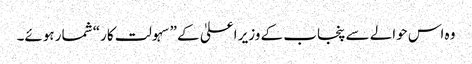
وہ اس حوالے سے پنجاب کے وزیر اعلیٰ کے ”سہولت کار“ شمار ہوئے۔